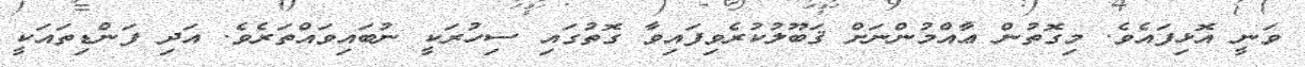
ވަނީ އޮޅިފައެވެ. މިގޮތުން ޢާއްމުންނަށް ޤަބޫލުކުރެވިފައިވާ ގޮތުގައި ސިހުރަކީ ނުބައިވައްތަރެވެ. އަދި ފަންޑިތައަކީ